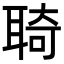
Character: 𦖊